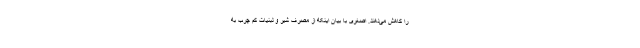
را کاهش می‌دهند. اصغری با بیان اینکه از مصرف شیر و لبنیات کم چرب به